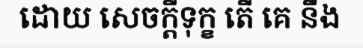
ដោយ សេចក្តីទុក្ខ តើ គេ នឹង